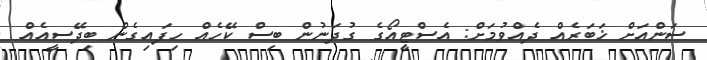
ސަންއަށް ޚަބަރެއް ދެއްވުމަށް: އެސްޓީއޯގެ ގުދަނުން ބިސް ކޭހެއް ހިފައިގެން ބިދޭސީއެއް